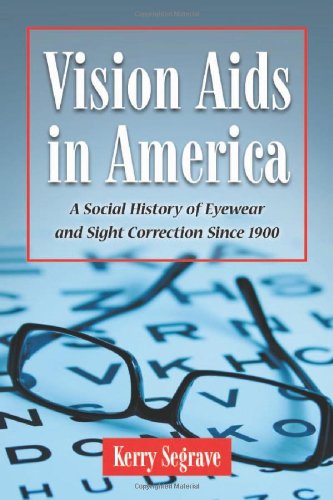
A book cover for Vision Aids in America: A Social History of Eyewear and Sight Correction Since 1900 (Twenty-First Century Works); Kerry Segrave; Business & Money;